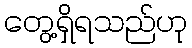
တွေ့ရှိရသည်ဟု